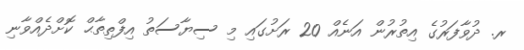
ރ. ދުވާފަރުގެ އިތުރުން އަނެއް 20 ރަށުގައި މި ސިޔާސަތު އިފްތިތާޙް ކޮށްދެއްވާނި